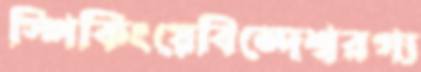
স্পিকিংয়েবিন্দেশ্বরগ্য